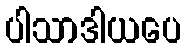
ပါသာဒါယပေ